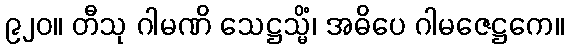
၉၂၀။ တီသု ဂါမဏိ သေဋ္ဌသ္မိံ၊ အဓိပေ ဂါမဇေဋ္ဌကေ။